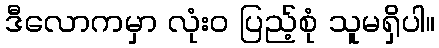
ဒီလောကမှာ လုံးဝ ပြည့်စုံ သူမရှိပါ။